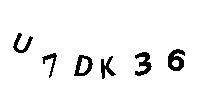
U7DK36